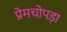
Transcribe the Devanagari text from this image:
प्रेमचोपड़ा